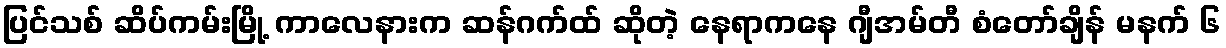
ပြင်သစ် ဆိပ်ကမ်းမြို့ ကာလေနားက ဆန်ဂက်ထ် ဆိုတဲ့ နေရာကနေ ဂျီအမ်တီ စံတော်ချိန် မနက် ၆